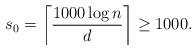
LaTeX: \begin{align*} s_0=\left\lceil\frac{1000 \log n}{d}\right\rceil \ge 1000.\end{align*}